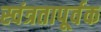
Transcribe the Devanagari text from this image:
स्वंत्रतापूर्वक